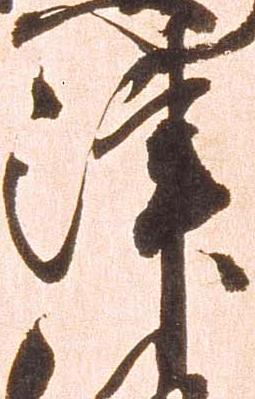
津